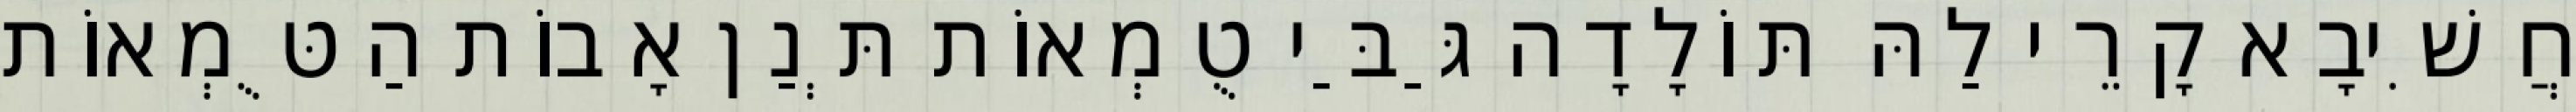
חֲשִׁיבָא קָרֵי לַהּ תּוֹלָדָה גַּבַּי טֻמְאוֹת תְּנַן אָבוֹת הַטֻּמְאוֹת